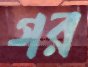
গর